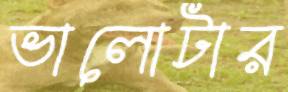
ভালোটার